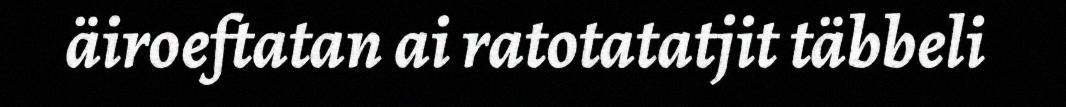
äiroeftatan ai ratotatatjit täbbeli